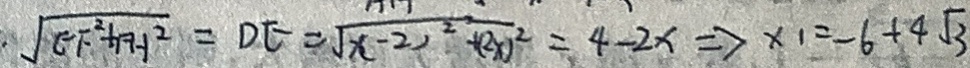
\sqrt { E F ^ { 2 } + F H ^ { 2 } } = D E = \sqrt { ( x - 2 ) ^ { 2 } + ( 2 x ) ^ { 2 } } = 4 - 2 x \Rightarrow x _ { 1 } = - 6 + 4 \sqrt { 3 }